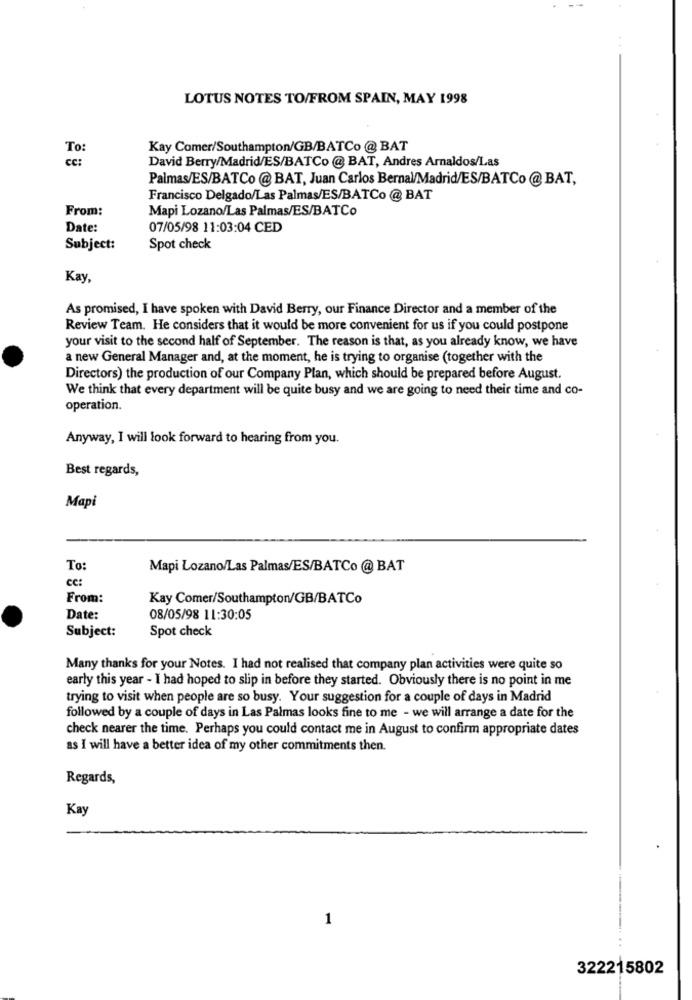
LOTUS NOTES TO/FROM SPAIN, MAY 1998
To:
Kay Comer/Southampton/GB/BATCo @ BAT
David Berry/Madrid/ES/BATCo @ BAT, Andres Arnaldos/Las
Palmas/ES/BATCo @ BAT, Juan Carlos Bernal/Madrid/ES/BATCo @ BAT,
Francisco Delgado/Las Palmas/ES/BATCo @ BAT
From:
Mapi Lozano/Las Palmas/ES/BATCo
Date:
07/05/98 11:03:04 CED
Subject:
Spot check
Kay,
As promised, I have spoken with David Berry, our Finance Director and a member of the
Review Team. He considers that it would be more convenient for us if you could postpone
your visit to the second half of September. The reason is that, as you already know, we have
a new General Manager and, at the moment, he is trying to organise (together with the
Directors) the production of our Company Plan, which should be prepared before August.
We think that every department will be quite busy and we are going to need their time and co-
operation.
Anyway, I will look forward to hearing from you.
Best regards,
Mapi
To:
Mapi Lozano/Las Palmas/ES/BATCo @ BAT
From:
Kay Comer/Southampton/GB/BATCo
Date:
08/05/98 11:30:05
Subject:
Spot check
Many thanks for your Notes. I had not realised that company plan activities were quite so
early this year - I had hoped to slip in before they started. Obviously there is no point in me
trying to visit when people are so busy. Your suggestion for a couple of days in Madrid
followed by a couple of days in Las Palmas looks fine to me - we will arrange a date for the
check nearer the time. Perhaps you could contact me in August to confirm appropriate dates
as I will have a better idea of my other commitments then.
Regards,
Kay
1
. .
322215802